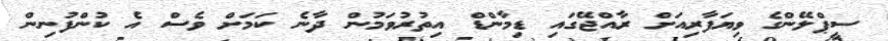
ސީޕްލޭންގެ ވިޔަފާރިއަށް ރާއްޖޭގައި ޑިމާންޑް އިތުރުވަމުން ދާނެ ކަމަށް ވެސް އެ ކުންފުނިން